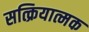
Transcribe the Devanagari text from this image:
सत्क्रियात्मक